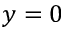
y = 0